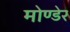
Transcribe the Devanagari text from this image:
मोण्डेर